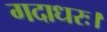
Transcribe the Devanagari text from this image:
गदाधरः।